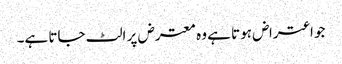
جو اعتراض ہوتا ہے وہ معترض پر الٹ جاتا ہے۔